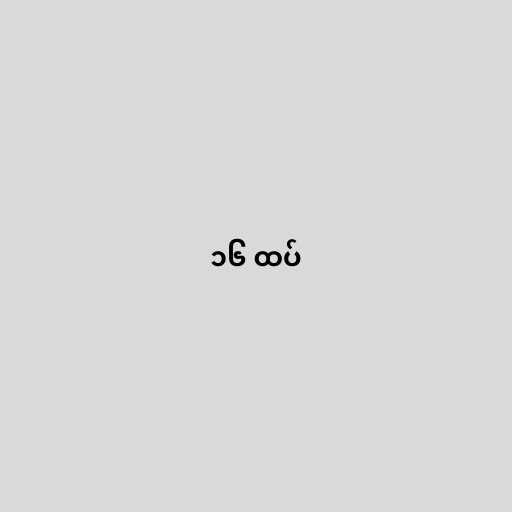
၁၆ ထပ်